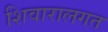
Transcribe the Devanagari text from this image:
शिवारालगत